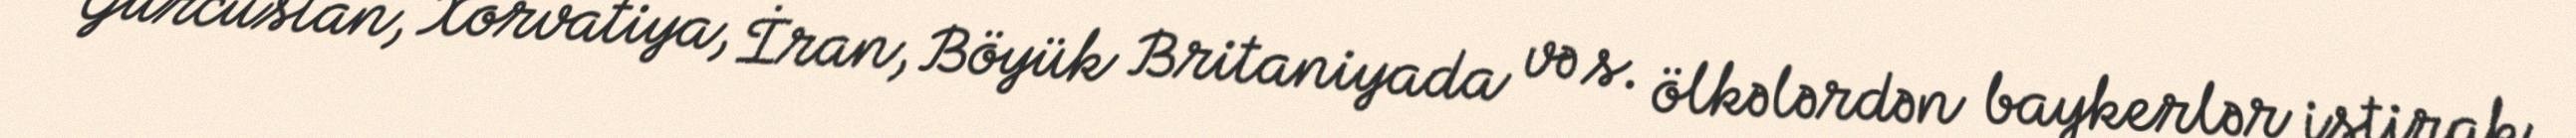
Gürcüstan, Xorvatiya, İran, Böyük Britaniyada və s. ölkələrdən baykerlər iştirak